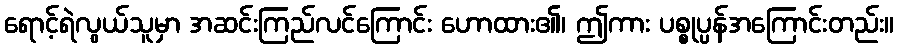
ရောင့်ရဲလွယ်သူမှာ အဆင်းကြည်လင်ကြောင်း ဟောထား၏၊ ဤကား ပစ္စုပ္ပန်အကြောင်းတည်း။